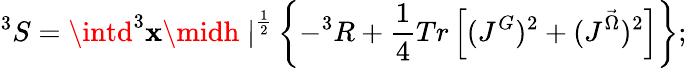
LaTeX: ^3S=\intd^{3}\mathbf{x}{\midh\mid}^{\frac{{1}}{{2}}}\left\{ -^{3}R+\frac{{1}}{{4}}Tr\left[(J^{G})^{2}+(J^{\vec{{\Omega}}})^{2}\right]\right\} ;